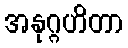
အနုဂ္ဂဟိတာ